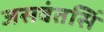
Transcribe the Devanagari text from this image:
जसवंतसिं